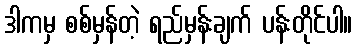
ဒါကမှ စစ်မှန်တဲ့ ရည်မှန်းချက် ပန်းတိုင်ပါ။